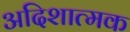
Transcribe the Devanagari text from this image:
अदिशात्मक